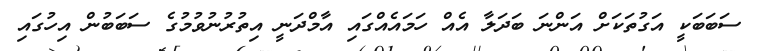
ސަބަބަކީ އަގުތަކަށް އަންނަ ބަދަލާ އެއް ހަމައެއްގައި އާމްދަނީ އިތުރުނުވުމުގެ ސަބަބުން އިހުގައި